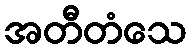
အတီတံသေ